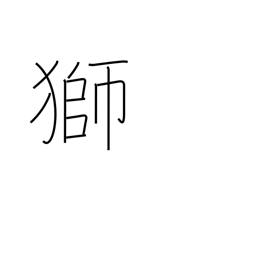
Meaning: lion